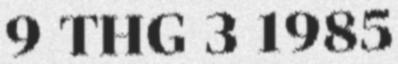
9 THG 3 1985